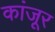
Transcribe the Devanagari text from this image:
कांजूर